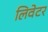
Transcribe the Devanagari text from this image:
लिवेटर